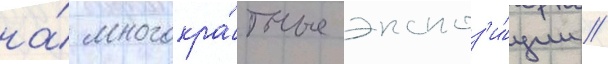
на́ многокра́тные экспоз'и́ции //